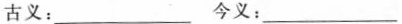
古义：___ 今义：___